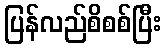
ပြန်လည်စိစစ်ပြီး